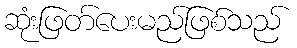
ဆုံးဖြတ်ပေးမည်ဖြစ်သည်